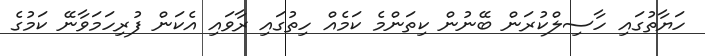
ހަޔާތުގައި ހާސިލްކުރަން ބޭނުން ކިތަންމެ ކަމެއް ހިތުގައި ރާވައި އެކަން ފުރިހަމަވާނޭ ކަމުގެ